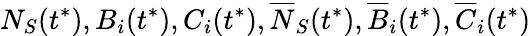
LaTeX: N_{S}(t^{*}),B_{i}(t^{*}),C_{i}(t^{*}),\overline{{N}}_{S}(t^{*}),\overline{{B}}_{i}(t^{*}),\overline{{C}}_{i}(t^{*})